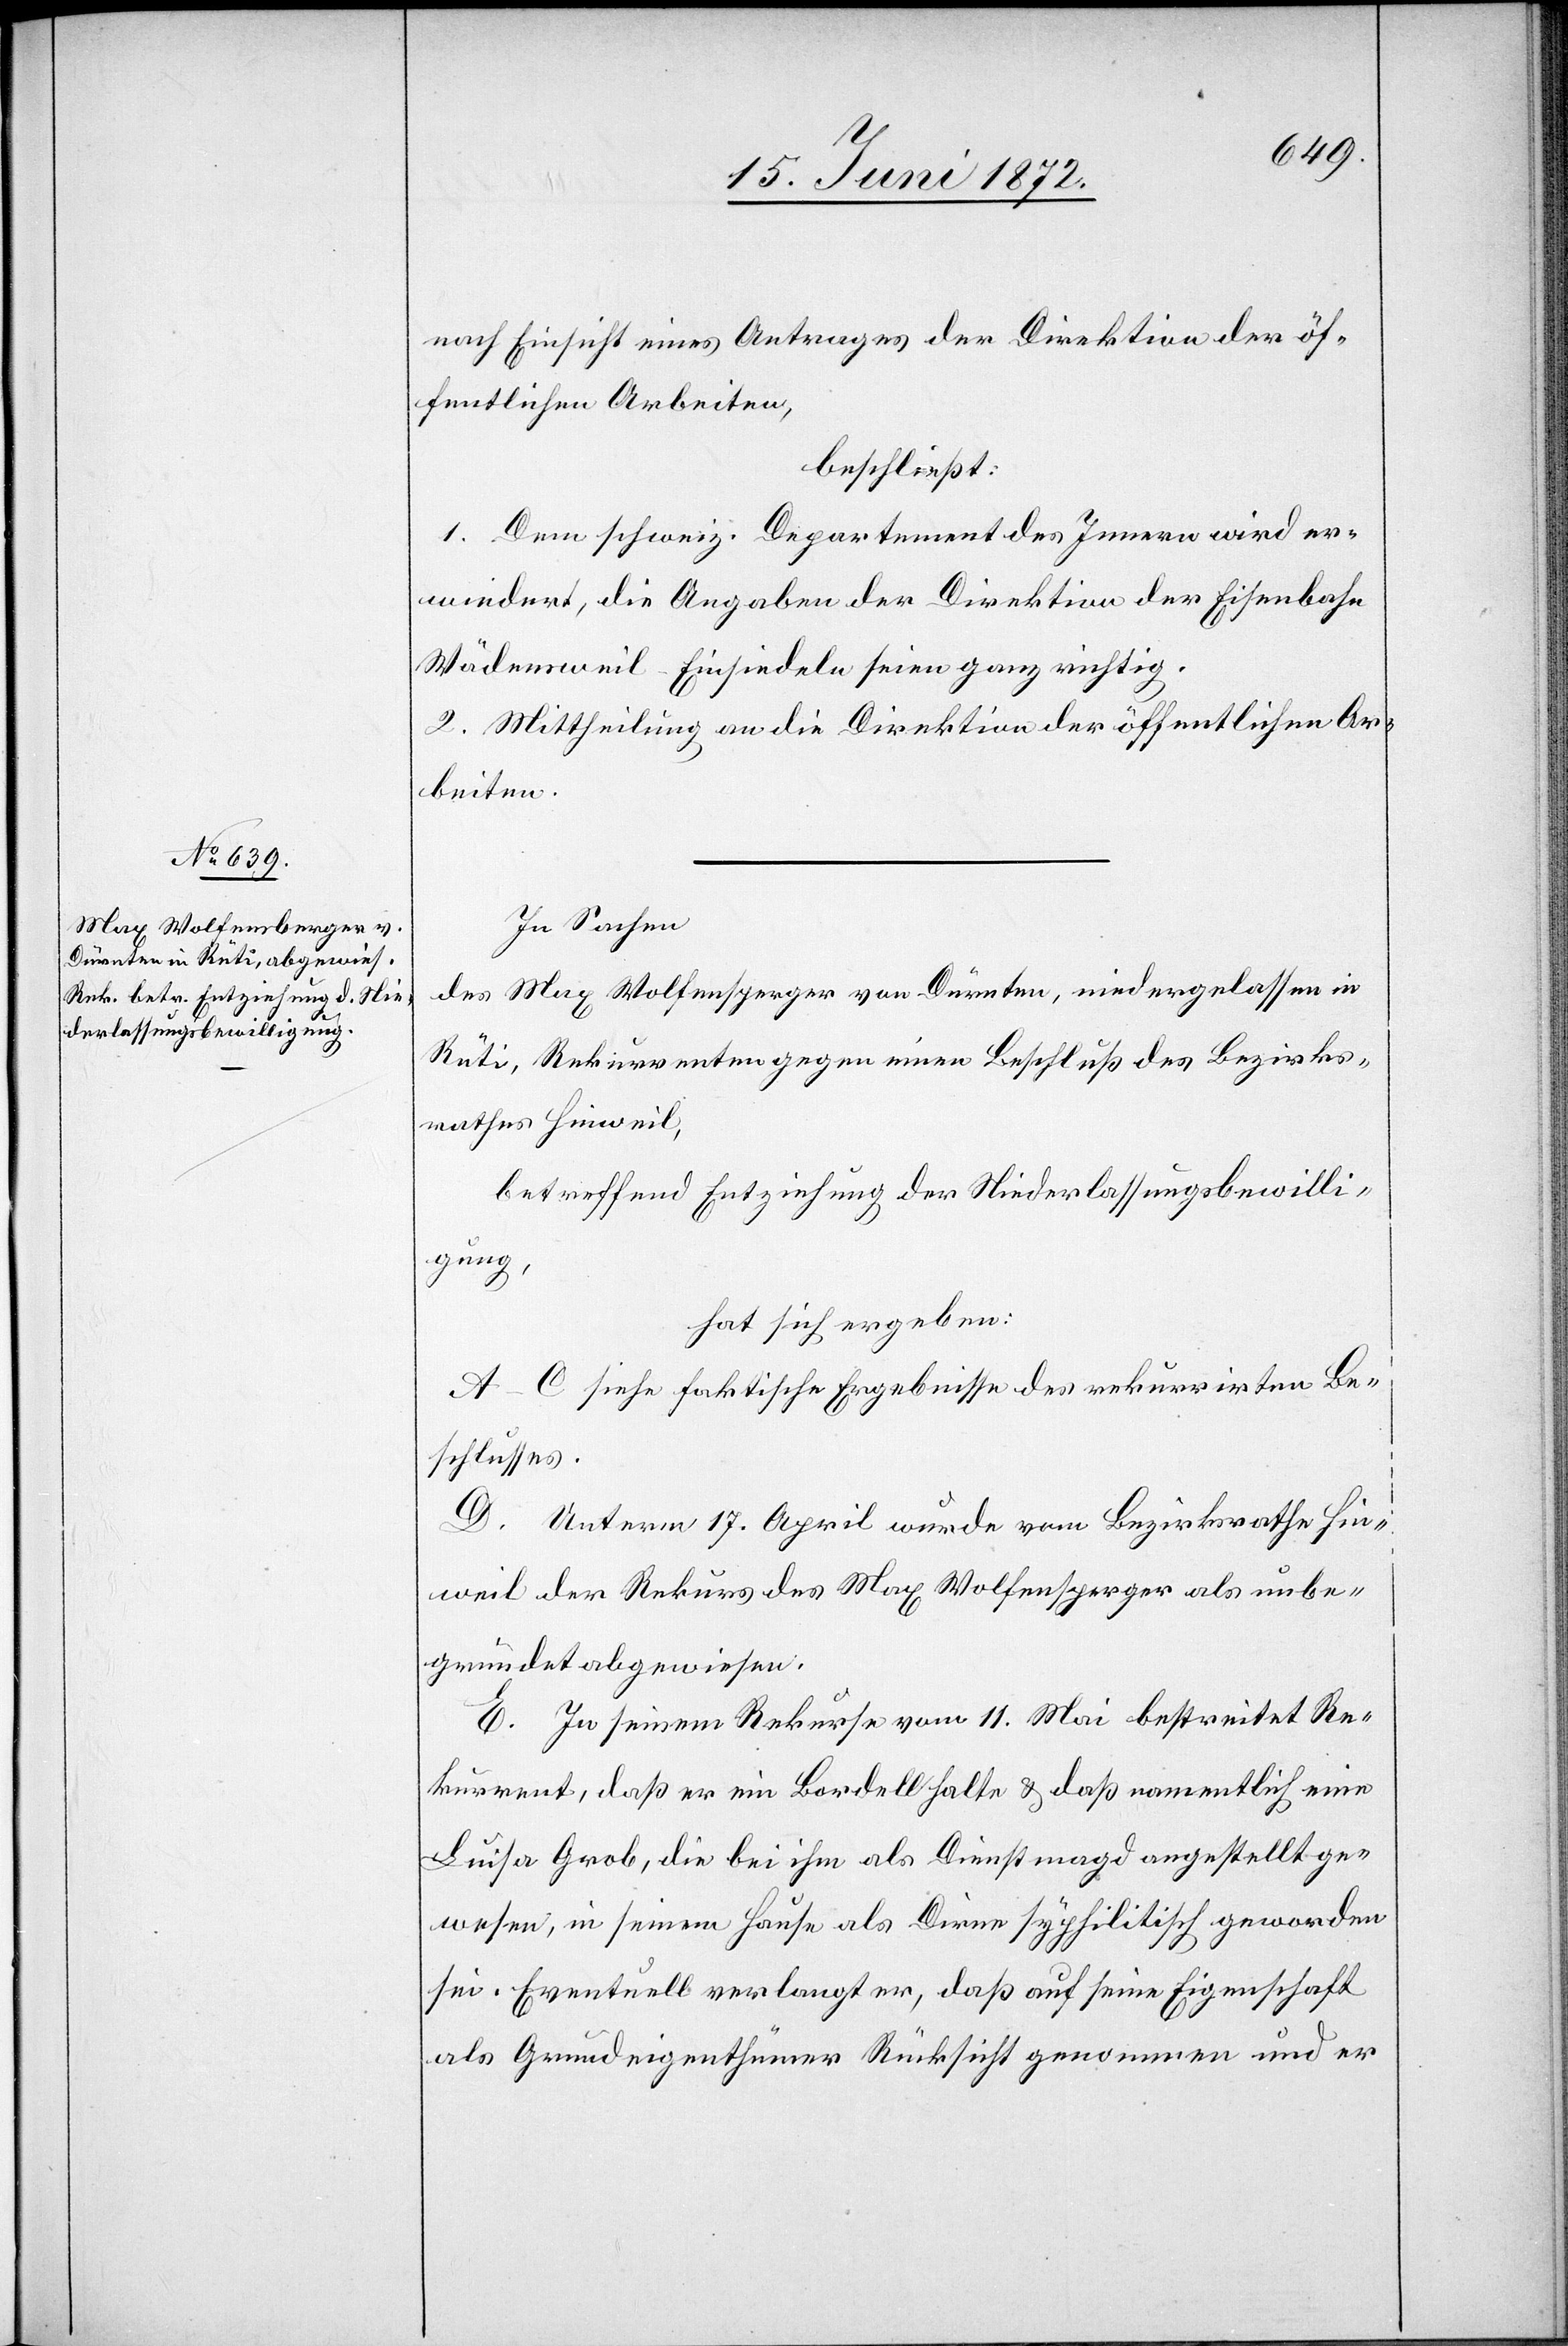
nach Einsicht eines Antrages der Direktion der öf¬
fentlichen Arbeiten,
beschließt:
1. Dem schweiz. Departement des Innern wird er¬
wiedert, die Angaben der Direktion der Eisenbahn
Wädensweil–Einsiedeln seien ganz richtig.
2. Mittheilung an die Direktion der öffentlichen Ar¬
beiten.
In Sachen
des Max Wolfensberger von Dürnten, niedergelassen in
Rüti, Rekurrenten gegen einen Beschluß des Bezirks¬
rathes Hinweil,
betreffend Entziehung der Niederlassungsbewilli¬
gung,
hat sich ergeben:
A–C siehe faktische Ergebnisse des rekurrirten Be¬
schlusses.
D. Unterm 17. April wurde vom Bezirksrathe Hin¬
weil der Rekurs des Max Wolfensperger [sic!] als unbe¬
gründet abgewiesen.
E. In seinem Rekurse vom 11. Mai bestreitet Re¬
kurrent, daß er ein Bordell halte u. daß namentlich eine
Luisa Grob, die bei ihm als Dienstmagd angestellt ge¬
wesen, in seinem Hause als Dirne syphilitisch geworden
sei. Eventuell verlangt er, daß auf seine Eigenschaft
als Grundeigenthümer Rücksicht genommen und er